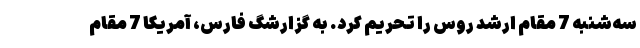
سه‌شنبه 7 مقام ارشد روس را تحریم کرد. به گزارشگ فارس،‌ آمریکا 7 مقام